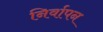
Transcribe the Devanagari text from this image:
निर्वापन